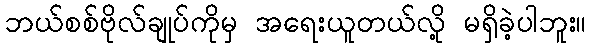
ဘယ်စစ်ဗိုလ်ချုပ်ကိုမှ အရေးယူတယ်လို့ မရှိခဲ့ပါဘူး။